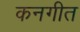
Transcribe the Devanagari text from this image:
कनगीत